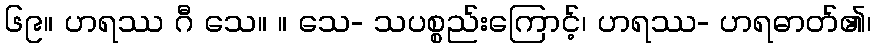
၆၉။ ဟရဿ ဂီ သေ။ ။ သေ- သပစ္စည်းကြောင့်၊ ဟရဿ- ဟရဓာတ်၏၊